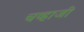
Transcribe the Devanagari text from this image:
चव्हाजी